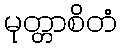
မုတ္တာစိတံ